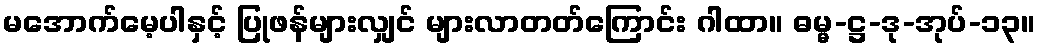
မအောက်မေ့ပါနှင့် ပြုဖန်များလျှင် များလာတတ်ကြောင်း ဂါထာ။ ဓမ္မ-ဋ္ဌ-ဒု-အုပ်-၁၃။